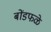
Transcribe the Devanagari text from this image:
बोंडफळे